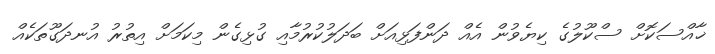
ޚާއްސަކޮށް ސްކޫލުގެ ކިޔެވުން އެއް ދަންފަޅިއަށް ބަދަލުކުރުމާއި ގުޅިގެން މިކަމަށް އިތުރު އުނދަގޫތަކެއް